Madras plague regulations and rules - Volume 1
Disease focus: Plague
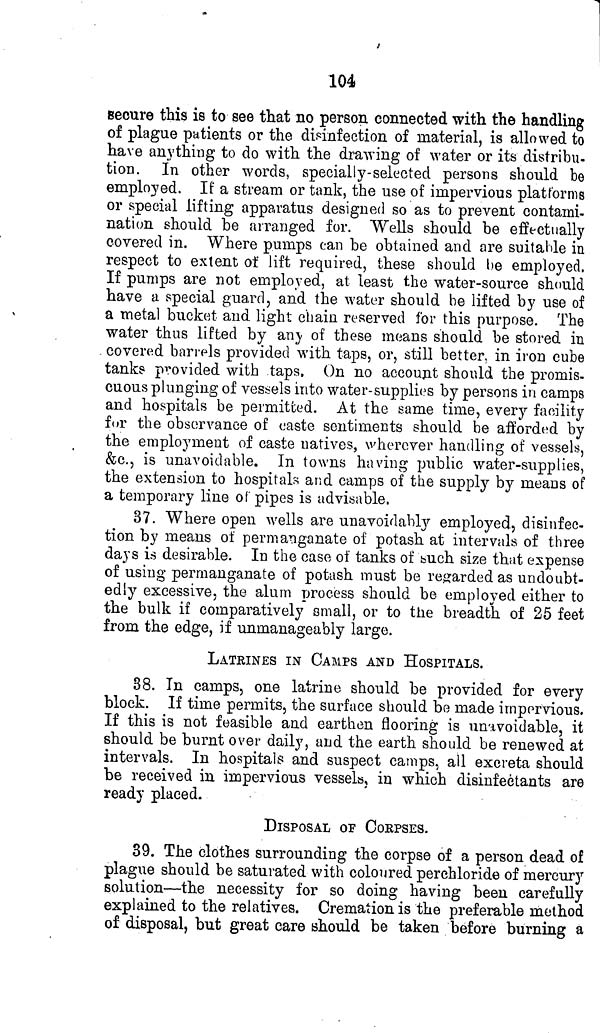
104
secure this is to see that no person connected with the handling
of plague patients or the disinfection of material, is allowed to
have anything to do with the drawing of water or its distribu-
tion. In other words, specially-selected persons should he
employed. If a stream or tank, the use of impervious platforms
or special lifting apparatus designed so as to prevent contami-
nation should be arranged for. Wells should be effectually
covered in. Where pumps can be obtained and are suitable in
respect to extent of lift required, these should he employed.
If pumps are not employed, at least the water-source should
have a special guard, and the water should he lifted by use of
a metal bucket and light chain reserved for this purpose. The
water thus lifted by any of these moans should be stored in
covered barrels provided with taps, or, still better, in iron cube
tanks provided with taps. On no account should the promis-
cuous plunging of vessels into water-supplies by persons in camps
and hospitals be permitted. At the same time, every facility
for the observance of caste sentiments should be afforded by
the employment of caste natives, wherever handling of vessels,
&c., is unavoidable. In towns having public water-supplies,
the extension to hospitals and camps of the supply by means of
a temporary line of pipes is advisable.
37. Where open wells are unavoidably employed, disinfec-
tion by means of permanganate of potash at intervals of three
days is desirable. In the case of tanks of such size that expense
of using permanganate of potash must be regarded as undoubt-
edly excessive, the alum process should be employed either to
the bulk if comparatively small, or to the breadth of 25 feet
from the edge, if unmanageably large.
LATRINES IN CAMPS AND HOSPITALS.
38. In camps, one latrine should be provided for every
block. If time permits, the surface should bo made impervious.
If this is not feasible and earthen flooring is unavoidable, it
should be burnt over daily, and the earth should be renewed at
intervals. In hospitals and suspect camps, all excreta should
be received in impervious vessels, in which disinfectants are
ready placed.
DISPOSAL OF CORPSES.
39. The clothes surrounding the corpse of a person dead of
plague should be saturated with coloured perchloride of mercury
solution—the necessity for so doing having been carefully
explained to the relatives. Cremation is the preferable method
of disposal, but great care should be taken before burning a